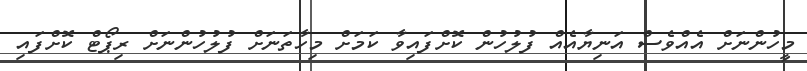
މީހުންނަށް އެއްވެސް އަނިޔާއެއް ފުލުހުން ކޮށްފައިވާ ކަމަށް މިހާތަނަށް ފުލުހުންނަށް ރިޕޯޓް ކޮށްފައި